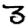
Digit: 3